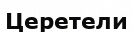
Церетели